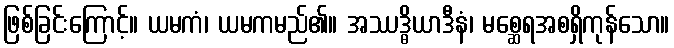
ဖြစ်ခြင်းကြောင့်။ ယမကံ၊ ယမကမည်၏။ အဿဒ္ဓိယာဒီနံ၊ မစ္ဆေရအစရှိကုန်သော။